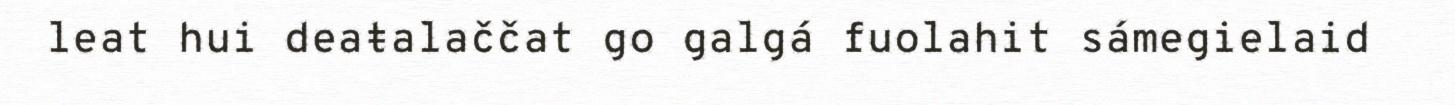
leat hui deaŧalaččat go galgá fuolahit sámegielaid